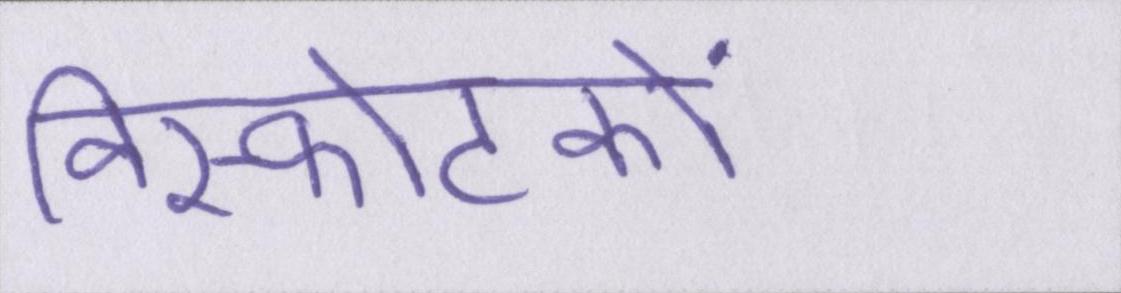
विस्फोटकों